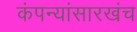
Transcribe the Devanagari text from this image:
कंपन्यांसारखंच